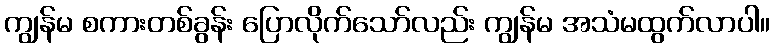
ကျွန်မ စကားတစ်ခွန်း ပြောလိုက်သော်လည်း ကျွန်မ အသံမထွက်လာပါ။